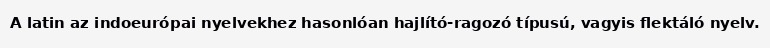
A latin az indoeurópai nyelvekhez hasonlóan hajlító-ragozó típusú, vagyis flektáló nyelv.